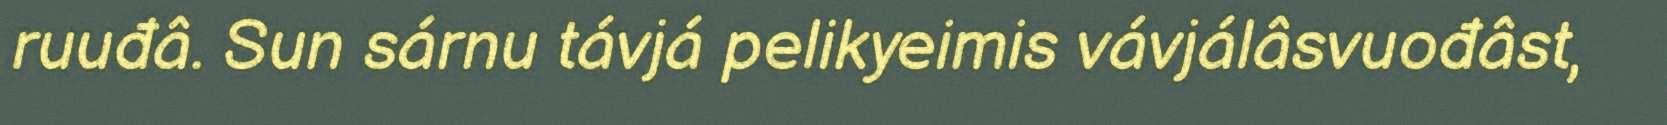
ruuđâ. Sun sárnu távjá pelikyeimis vávjálâsvuođâst,